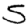
Digit: 5